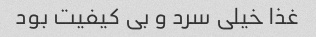
غذا خیلی سرد و بی کیفیت بود